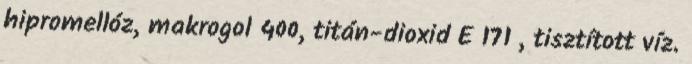
hipromellóz, makrogol 400, titán-dioxid E 171 , tisztított víz.